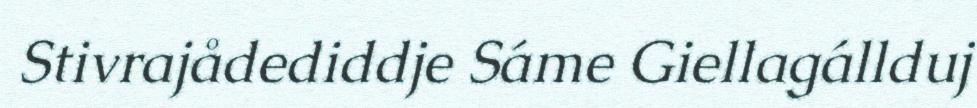
Stivrajådediddje Sáme Giellagállduj